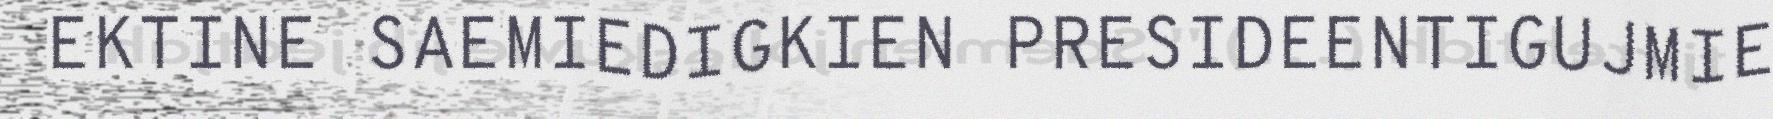
EKTINE SAEMIEDIGKIEN PRESIDEENTIGUJMIE